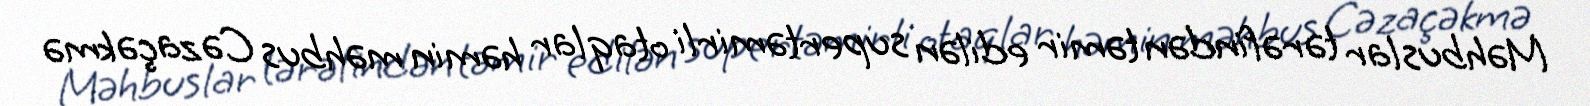
Məhbuslar tərəfindən təmir edilən supertəmirli otaqlar həmin məhbus Cəzaçəkmə